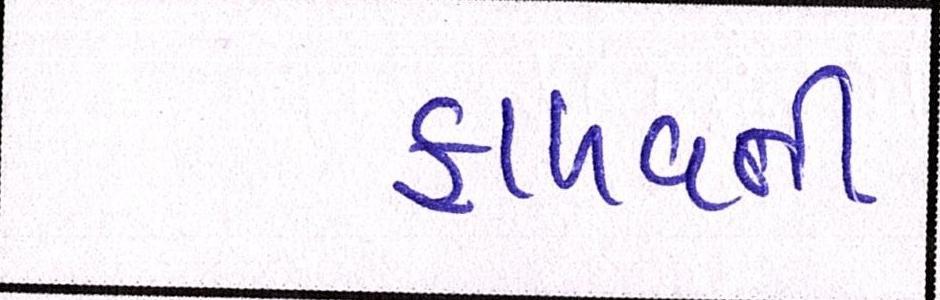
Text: ફાળવતી